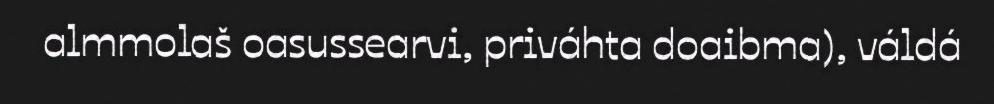
almmolaš oasussearvi, priváhta doaibma), váldá